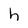
Character: h